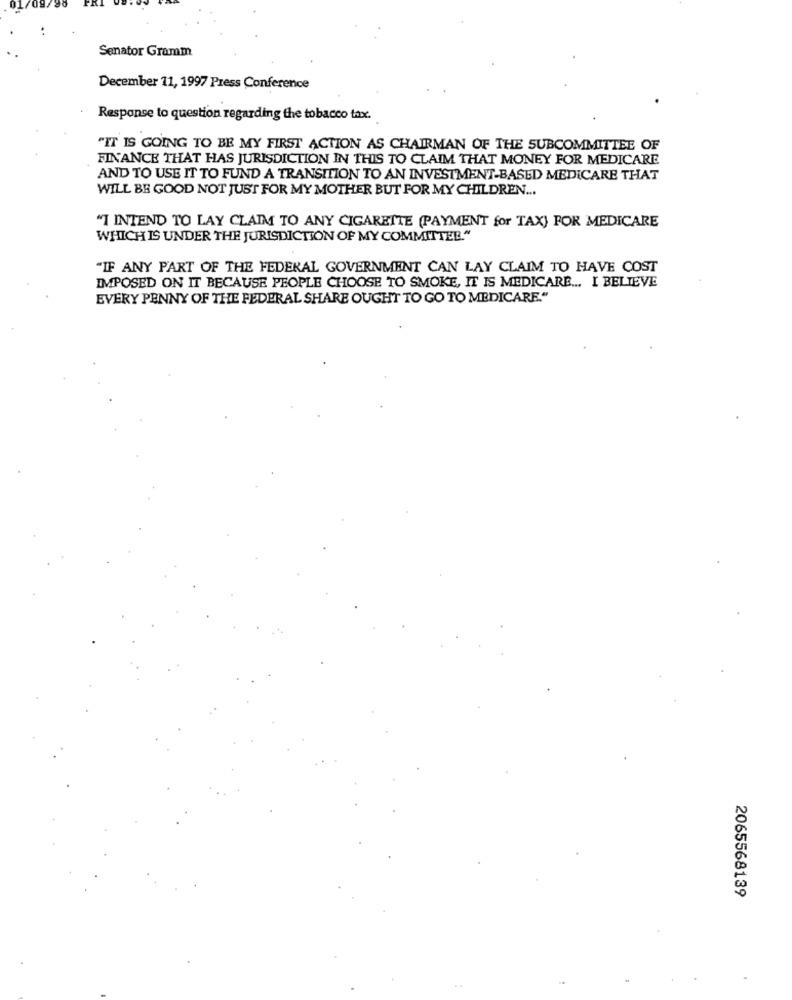
Senator Gramm
December 11, 1997 Press Conference
Response to question regarding the tobacco tax.
"IT IS GOING TO BE MY FIRST ACTION AS CHAIRMAN OF THE SUBCOMMITTEE OF
FINANCE THAT HAS JURISDICTION IN THIS TO CLAIM THAT MONEY FOR MEDICARE
AND TO USE IT TO FUND A TRANSITION TO AN INVESTMENT-BASED MEDICARE THAT
WILL BE GOOD NOT JUST FOR MY MOTHER BUT FOR MY CHILDREN ...
"I INTEND TO LAY CLAIM TO ANY CIGARETTE (PAYMENT for TAX) FOR MEDICARE
WHICH IS UNDER THE JURISDICTION OF MY COMMITTEE."
"IF ANY PART OF THE FEDERAL GOVERNMENT CAN LAY CLAIM TO HAVE COST
IMPOSED ON IT BECAUSE PEOPLE CHOOSE TO SMOKE, IT IS MEDICARE ... I BELIEVE
EVERY PENNY OF THE FEDERAL SHARE OUGHT TO GO TO MEDICARE."
2065568139